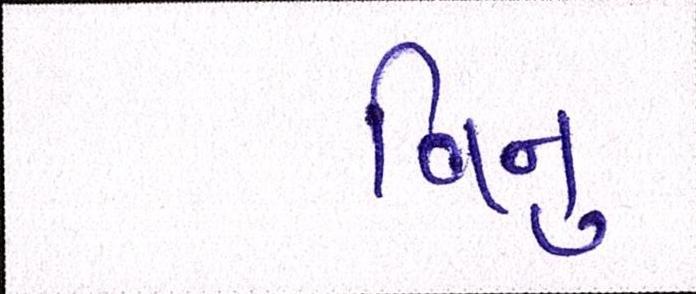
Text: વિનુ